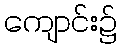
ကျောင်း၌